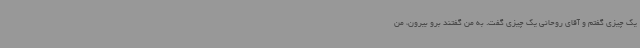
یک چیزی گفتم و آقای روحانی یک چیزی گفت. به من گفتند برو بیرون، من